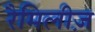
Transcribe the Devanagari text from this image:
रैमिलीज़